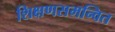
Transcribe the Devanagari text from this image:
शिक्षणसमन्वित